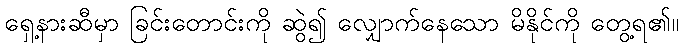
ရှေ့နားဆီမှာ ခြင်းတောင်းကို ဆွဲ၍ လျှောက်နေသော မိနိုင်ကို တွေ့ရ၏။